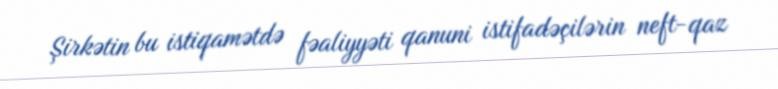
Şirkətin bu istiqamətdə fəaliyyəti qanuni istifadəçilərin neft-qaz